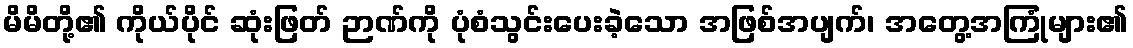
မိမိတို့၏ ကိုယ်ပိုင် ဆုံးဖြတ် ဉာဏ်ကို ပုံစံသွင်းပေးခဲ့သော အဖြစ်အပျက်၊ အတွေ့အကြုံများ၏